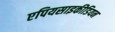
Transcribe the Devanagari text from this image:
एपियसाइकीडियन